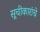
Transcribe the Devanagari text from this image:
सूचीकारांचे